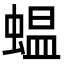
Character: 蝹